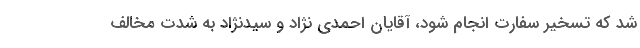
شد که تسخیر سفارت انجام شود، آقایان احمدی نژاد و سیدنژاد به شدت مخالف